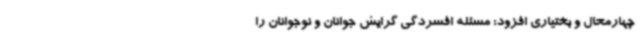
چهارمحال و بختیاری افزود: مسئله افسردگی گرایش جوانان و نوجوانان را